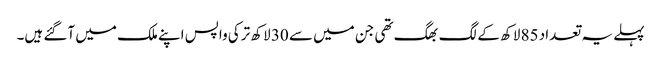
پہلے یہ تعداد 85 لاکھ کے لگ بھگ تھی جن میں سے 30 لاکھ ترکی واپس اپنے ملک میں آگئے ہیں۔